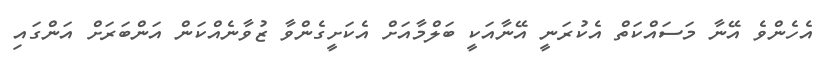
އެހެންވެ އޭނާ މަސައްކަތް އެކުރަނީ އޭނާއަކީ ބަލްމާއަށް އެކަށީގެންވާ ޒުވާނެއްކަން އަންބަރަށް އަންގައި